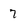
Character: 7